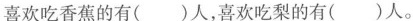
喜欢吃香蕉的有()人，喜欢吃梨的有()人。